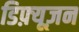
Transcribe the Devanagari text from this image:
डिफ़्यूज़न